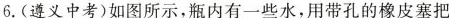
6.(遵义中考)如图所示，瓶内有一些水，用带孔的橡皮塞把